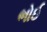
ભોઈ